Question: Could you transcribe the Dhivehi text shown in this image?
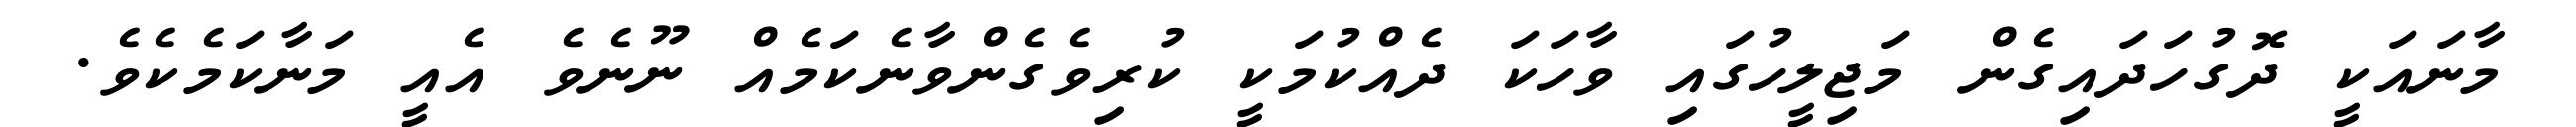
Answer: މާނައަކީ ދޮގުހަދައިގެން މަޖިލީހުގައި ވާހަކަ ދެއްކުމަކީ ކުރިވެގެންވާނެކަމެއް ނޫނެވެ އެއީ މަނާކަމެކެވެ.